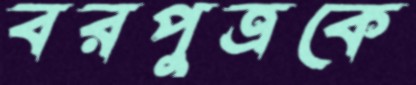
বরপুত্রকে